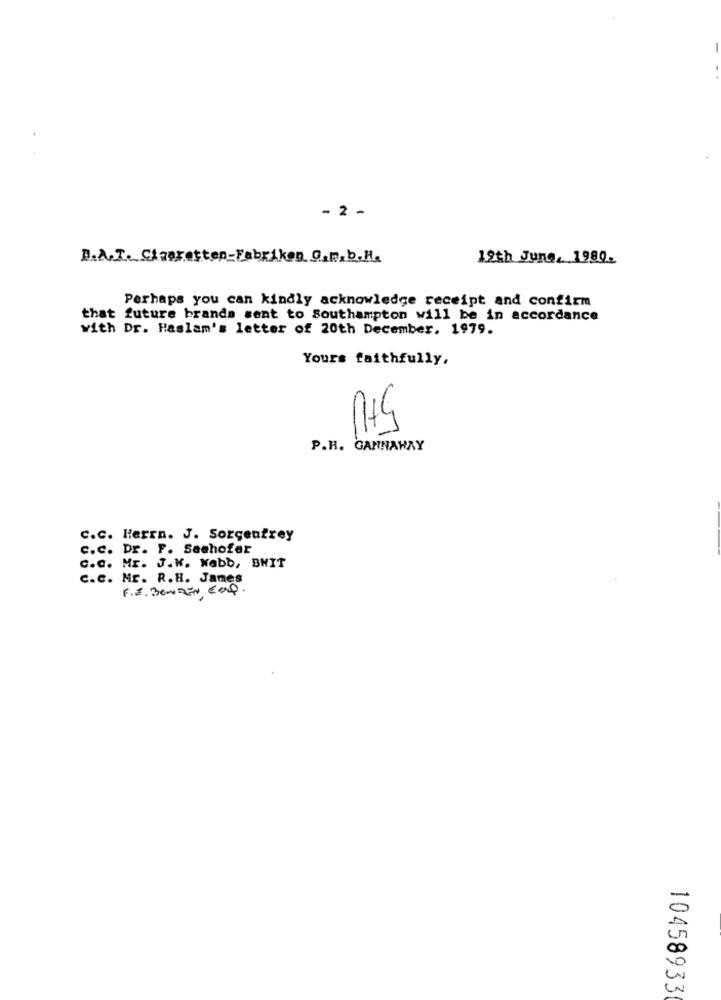
- 2 -
D.A.T. Cigarettep-Fabriken @.p.b.H.
12th June, 1980.
Perhaps you can kindly acknowledge receipt and confirm
that future brands sent to Southampton will be in accordance
with Dr. Haslam's letter of 20th December. 1979.
Yours faithfully,
7
P.H. GAMNAWAY
c.c. Herrn. J. Sorgenfrey
c.c. Dr. F. Seehofer
c.a. Mr. J.W. Wabb, BHIT
c.c. Mr. R.H. James
F.E. BONDEN COD.
0
0
10458933